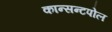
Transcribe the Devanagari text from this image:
कान्सन्टपोल